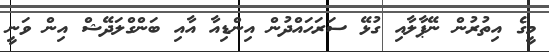
މީގެ އިތުރުން ނޭޕާލާއި ގުޅޭ ސަރަހައްދުން އިންޑިއާ އާއި ބަންގްލަދޭޝް އިން ވަނީ